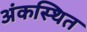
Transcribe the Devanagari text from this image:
अंकस्थित